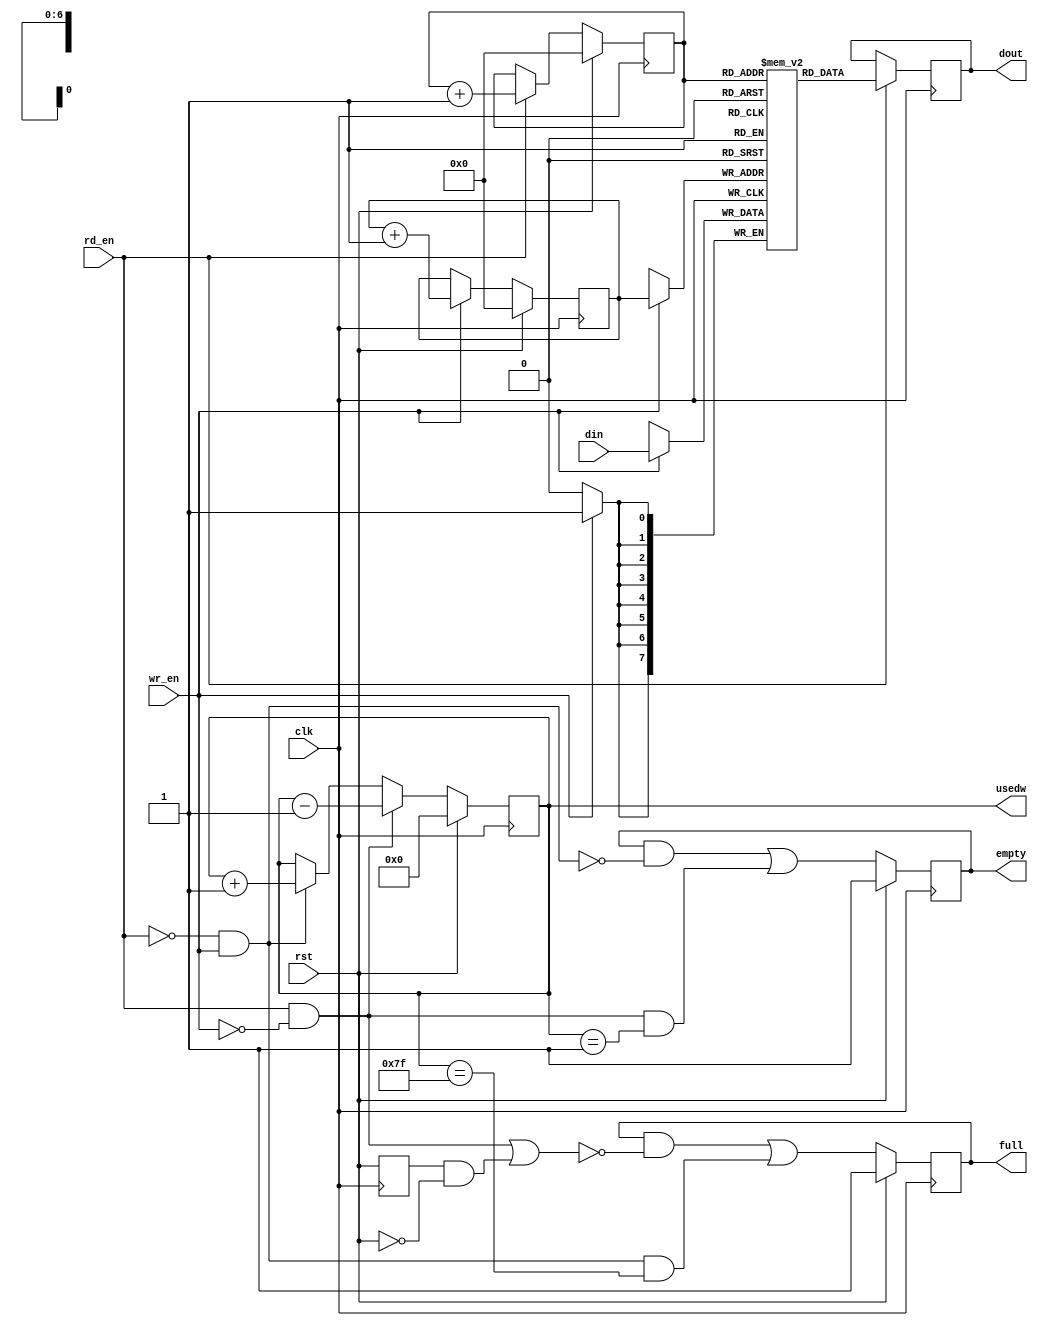
module sync_fifo#(
    parameter DW = 8,
    parameter DEPTH = 128 // need to be 2 ** n
)(
    input               clk,
    input               rst,

    input               rd_en,
    output  reg [DW-1:0]dout,
    output  reg         empty,

    input               wr_en,
    input   [DW-1:0]    din,
    output  reg         full,

    output  reg  [AW:0] usedw
);

localparam AW = clog2(DEPTH);

reg  [DW-1:0] mem [DEPTH-1:0];
wire [AW-1:0] rptr_next;
wire [AW-1:0] wptr_next;
reg  [AW-1:0] rptr;
reg  [AW-1:0] wptr;
//reg  [AW:0] usedw;
wire empty_set;
wire empty_clr;
wire full_set;
wire full_clr;
wire rst_clr;
reg  r_rst;

wire read_only;
wire write_only;
wire read_write;

assign read_write = rd_en && wr_en;
assign read_only  = rd_en && !wr_en;
assign write_only = !rd_en && wr_en;

assign wptr_next = wr_en? wptr + 1 : wptr;
assign rptr_next = rd_en? rptr + 1 : rptr;

always @(posedge clk) begin : proc_rst
    r_rst <= rst;
end

assign rst_clr = r_rst && !rst;

always @(posedge clk) begin : proc_wptr
    if(rst)
        wptr <= 0;
    else
        wptr <= wptr_next;
end

always @(posedge clk) begin : proc_rptr
    if(rst)
        rptr <= 0;
    else
        rptr <= rptr_next;
end

// used words in the fifo
always @(posedge clk) begin : proc_usedw
    if(rst) begin
        usedw <= 0;
    end else if(rd_en && !wr_en) begin
        usedw <= usedw - 1;
    end else if(!rd_en && wr_en) begin
        usedw <= usedw + 1;
    end
end

always @(posedge clk) begin : proc_write
    if(wr_en)
        mem[wptr] <= din;
end

always @(posedge clk) begin : proc_read
    if(rd_en)
        dout <= mem[rptr];
end

// set has higher priority over clear
assign empty_set = rd_en && !wr_en && (usedw == 1);
assign empty_clr = wr_en && !rd_en;

always @(posedge clk) begin : proc_empty
    if(rst)
        empty <= 1'b1;
    else
        empty <= empty && (!empty_clr) || empty_set;
end

// set has higher priority over clear
assign full_set = wr_en && !rd_en && (usedw == DEPTH - 1);
assign full_clr = rd_en && !wr_en || rst_clr;

always @(posedge clk) begin : proc_full
    if(rst)
        full <= 1'b1;
    else
        full <= full && (!full_clr) || full_set;
end

function integer clog2;
    input integer depth;
begin
    depth = depth - 1;
    for(clog2 = 1; depth > 1; depth = depth >> 1)
        clog2 = clog2 + 1;
end
endfunction

endmodule